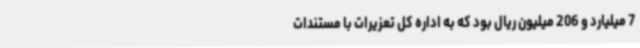
7 میلیارد و 206 میلیون ریال بود که به اداره کل تعزیرات با مستندات